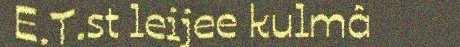
E.T.st leijee kulmâ